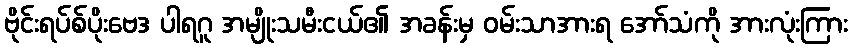
ဗိုင်းရပ်စ်ပိုးဗေဒ ပါရဂူ အမျိုးသမီးငယ်၏ အခန်းမှ ဝမ်းသာအားရ အော်သံကို အားလုံးကြား